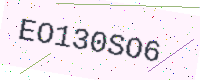
Text: EO130SO6